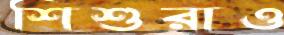
শিশুরাও